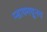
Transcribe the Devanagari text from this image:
प्सायमधूनच